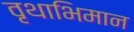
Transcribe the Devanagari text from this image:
वृथाभिमान